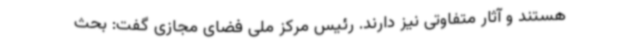
هستند و آثار متفاوتی نیز دارند. رئیس مرکز ملی فضای مجازی گفت: بحث